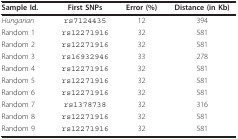
| Sample Id. | First SNPs | Error (%) | Distance (in Kb) |
 | --- | --- | --- | --- |
 | Hungarian | rs7124435 | 12 | 394 |
 | Random 1 | rs12271916 | 32 | 581 |
 | Random 2 | rs12271916 | 32 | 581 |
 | Random 3 | rs16932946 | 33 | 278 |
 | Random 4 | rs12271916 | 32 | 581 |
 | Random 5 | rs12271916 | 32 | 581 |
 | Random 6 | rs12271916 | 32 | 581 |
 | Random 7 | rs1378738 | 32 | 316 |
 | Random 8 | rs12271916 | 32 | 581 |
 | Random 9 | rs12271916 | 32 | 581 |